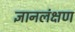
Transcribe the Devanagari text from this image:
ज्ञानलंक्षण